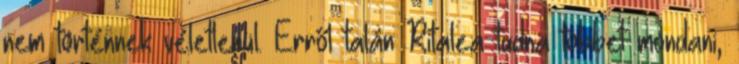
nem történnek véletlenül. Erről talán Ritalea tudna többet mondani,